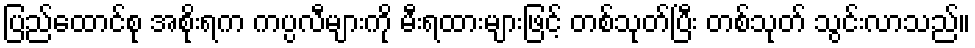
ပြည်ထောင်စု အစိုးရက ကပ္ပလီများကို မီးရထားများဖြင့် တစ်သုတ်ပြီး တစ်သုတ် သွင်းလာသည်။